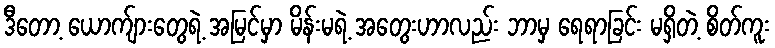
ဒီတော့ ယောက်ျားတွေရဲ့ အမြင်မှာ မိန်းမရဲ့ အတွေးဟာလည်း ဘာမှ ရေရာခြင်း မရှိတဲ့ စိတ်ကူး